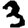
Digit: 3